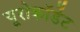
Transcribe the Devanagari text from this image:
यूरोकॉर्डेट